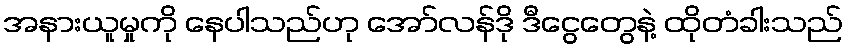
အနားယူမှုကို နေပါသည်ဟု အော်လန်ဒို ဒီငွေတွေနဲ့ ထိုတံခါးသည်